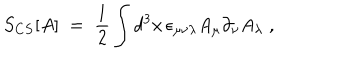
S _ { C S } [ A ] \; = \; \frac { 1 } { 2 } \int d ^ { 3 } x \, \epsilon _ { \mu \nu \lambda } A _ { \mu } \partial _ { \nu } A _ { \lambda } \; ,